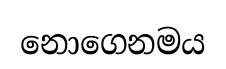
නොගෙනමය